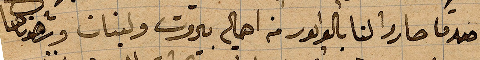
اصدقا صارو لنا بالوابور من أهالي بيروت ولبنان وشهدناها